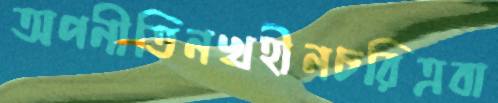
অপনীতিনখহীনচরিত্রবা